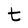
Character: t